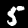
Label: 5